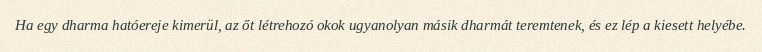
Ha egy dharma hatóereje kimerül, az őt létrehozó okok ugyanolyan másik dharmát teremtenek, és ez lép a kiesett helyébe.